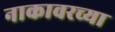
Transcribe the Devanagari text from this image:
नाकावरच्या